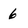
Character: 6